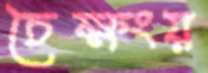
চৈক্ষংয়